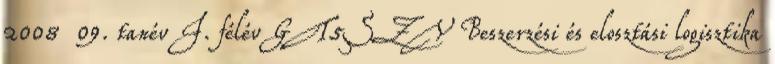
2008 09. tanév I. félév GT5SZV Beszerzési és elosztási logisztika